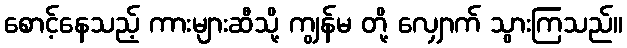
စောင့်နေသည့် ကားများဆီသို့ ကျွန်မ တို့ လျှောက် သွားကြသည်။